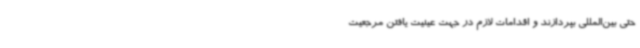
حتی بین‌المللی بپردازند و اقدامات لازم در جهت عینیت یافتن مرجعیت